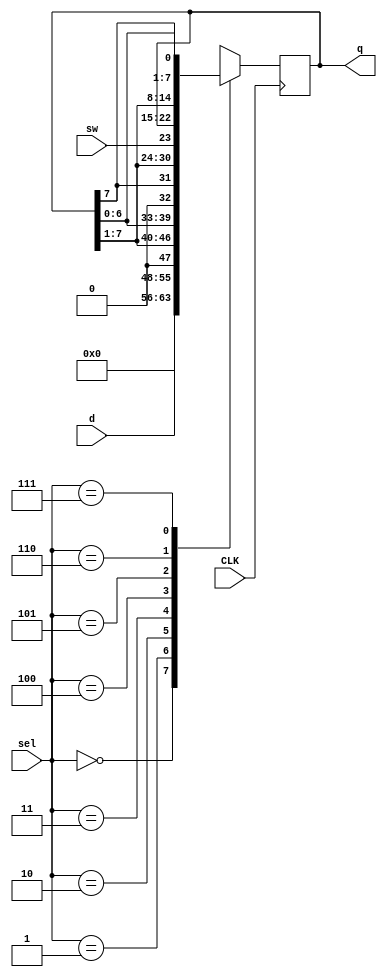
`timescale 1ns / 1ps
//////////////////////////////////////////////////////////////////////////////////
// Company: 
// Engineer: 
// 
// Design Name: 
// Module Name: shift_reg
// Project Name: 
// Target Devices: 
// Tool Versions: 
// Description: 
// 
// Dependencies: 
// 
// Revision:
// Revision 0.01 - File Created
// Additional Comments:
// 
//////////////////////////////////////////////////////////////////////////////////


module shift_reg(sel,q,d,CLK,sw);
	input CLK,sw;
	input [2:0]sel;
	input [7:0]d;
	output reg [7:0]q;
	always @(posedge CLK)
	begin
		case(sel)
			0:q<=0;
			1:q<=d;
			2:q<={1'b0,q[7:1]};
			3:q<={q[6:0],1'b0};
			4:q<={q[7],q[7:1]};
			5:q<={sw,q[7:1]};
			6:q<={q[0],q[7:1]};
			7:q<={q[6:0],q[7]};
		endcase
	end
endmodule

module RAND(cclk, clk, clr, seg, sel);
    input clk;
    input cclk;
    input clr;
    output reg[6:0] seg;
    output reg[7:0] sel;

    reg [3:0]out1;
    reg [3:0]out2;

    reg [6:0]seg1;
    reg [6:0]seg2;

    reg flash;

integer clkcount2;
always @ (posedge clk) begin
    if(clkcount2==400000) begin
    	clkcount2<=0;
    	flash=~flash;
    end
    else
    	clkcount2<=clkcount2 + 1;
end

always @ (posedge cclk) begin 
    if(clr==1'b1) begin 
        out1<=4'b0000;
        out2<=4'b0000;
    end
    else if(out1==4'b0000 && out2==4'b0000) begin
        out2<=4'b1000;
    end
    else begin 
    	out2<={out2[0]^out1[3]^out1[2]^out1[0],out2[3:1]};
    	out1<={out2[0],out1[3:1]};
    end  
    case(out1)
        4'd0:seg1 = 7'b1000000; 
        4'd1:seg1 = 7'b1111001;
        4'd2:seg1 = 7'b0100100; 
        4'd3:seg1 = 7'b0110000; 
        4'd4:seg1 = 7'b0011001;
        4'd5:seg1 = 7'b0010010;
        4'd6:seg1 = 7'b0000010;
        4'd7:seg1 = 7'b1111000;
        4'd8:seg1 = 7'b0000000;
        4'd9:seg1 = 7'b0010000;
        4'd10:seg1 = 7'b0001000;         
        4'd11:seg1 = 7'b0000011;             
        4'd12:seg1 = 7'b1000110;   
        4'd13:seg1 = 7'b0100001;        
        4'd14:seg1 = 7'b0000110;        
        4'd15:seg1 = 7'b0001110;                

    endcase
    case(out2)
        4'd0:seg2 = 7'b1000000; 
        4'd1:seg2 = 7'b1111001;
        4'd2:seg2 = 7'b0100100; 
        4'd3:seg2 = 7'b0110000; 
        4'd4:seg2 = 7'b0011001;
        4'd5:seg2 = 7'b0010010;
        4'd6:seg2 = 7'b0000010;
        4'd7:seg2 = 7'b1111000;
        4'd8:seg2 = 7'b0000000;
        4'd9:seg2 = 7'b0010000;
        4'd10:seg2 = 7'b0001000;         
        4'd11:seg2 = 7'b0000011;             
        4'd12:seg2 = 7'b1000110;   
        4'd13:seg2 = 7'b0100001;        
        4'd14:seg2 = 7'b0000110;        
        4'd15:seg2 = 7'b0001110;                
    endcase
 
end
always @ (flash)
begin
    case(flash)
        1'b0:
        begin
        	seg=seg1;
        	sel<=8'b11111110;
        end
        1'b1:
        begin
        	seg=seg2;
        	sel<=8'b11111101;
        end
    endcase
end
endmodule